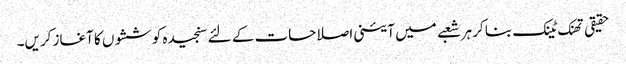
حقیقی تھنک ٹینک بنا کر ہر شعبے میں آئینی اصلاحات کے لئے سنجیدہ کوششوں کا آغاز کریں۔